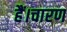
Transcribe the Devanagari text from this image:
हैं।चारण